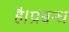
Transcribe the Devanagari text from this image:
है।प्रबन्ध